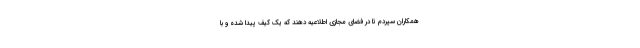
همکاران سپردم تا در فضای مجازی اطلاعیه دهند که یک کیف پیدا شده و با